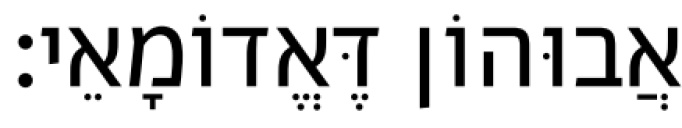
אֲבוּהוֹן דֶּאֱדוֹמָאֵי׃